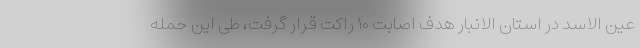
عین الاسد در استان الانبار هدف اصابت ۱۰ راکت قرار گرفت، طی این حمله